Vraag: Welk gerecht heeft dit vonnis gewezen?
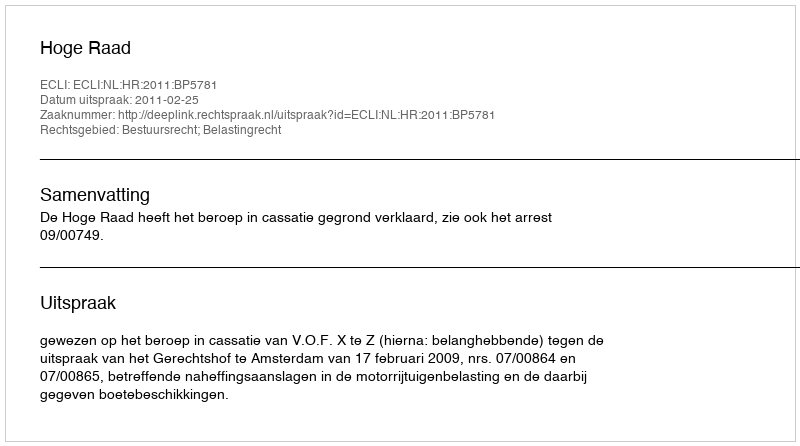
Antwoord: Hoge Raad